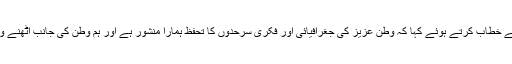
نو منتخب مرکزی صدر نے شرکاء کنونشن سے خطاب کرتے ہوئے کہا کہ وطن عزیز کی جغرافیائی اور فکری سرحدوں کا تحفظ ہمارا منشور ہے اور ہم وطن کی جانب اٹھنے والی ہر میلی آنکھ پھوڑنے کا جذبہ رکھتے ہیں۔